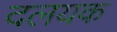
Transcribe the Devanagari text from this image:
दलयक